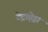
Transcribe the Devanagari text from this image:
टेट्राहेड्रा